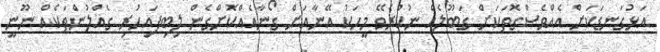
އަޅުގަނޑަކަށް އެއްވެސްގޮތަކަށް ގަބޫލެއް ނުކުރެވޭ މީހަކު އޭނާއަށް ގޯނާއެއްކޮށްގެން ލިބިފައިހުރި ގެއްލުންތަކެއް ނޫނީ